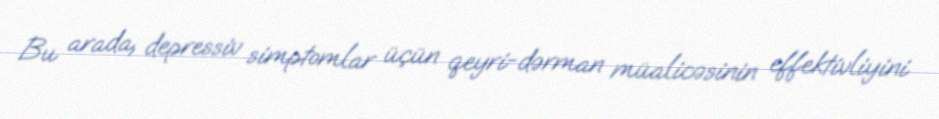
Bu arada, depressiv simptomlar üçün qeyri-dərman müalicəsinin effektivliyini